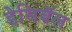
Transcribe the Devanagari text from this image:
डेसिबॅल